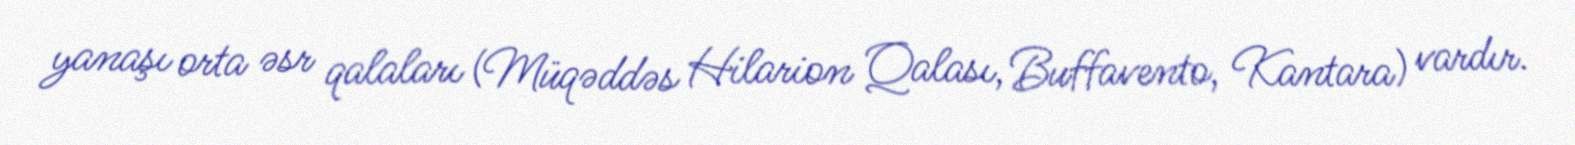
yanaşı orta əsr qalaları (Müqəddəs Hilarion Qalası, Buffavento, Kantara) vardır.